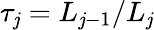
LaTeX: \tau_{\mathit{j}}=L_{\mathit{j}-1}/L_{\mathit{j}}